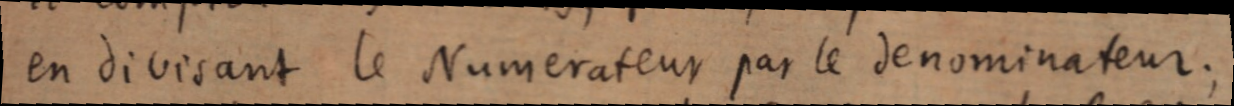
en divisant le Numerateur par le denominateur ;